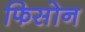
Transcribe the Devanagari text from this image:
फिसोन